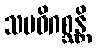
သမဓိဂစ္ဆန္တိ